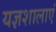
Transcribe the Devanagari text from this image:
यज्ञशालाएं